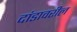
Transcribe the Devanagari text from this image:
दांडावरील